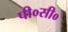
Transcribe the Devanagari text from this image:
पी०सी०